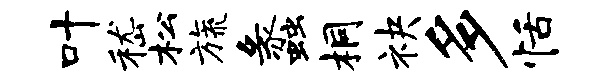
叶嵇松旒蠡桐袂多恬